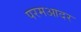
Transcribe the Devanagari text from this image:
परमआदर